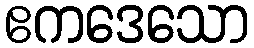
ဧကဒေသော